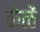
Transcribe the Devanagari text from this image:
केळें